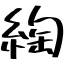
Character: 綯